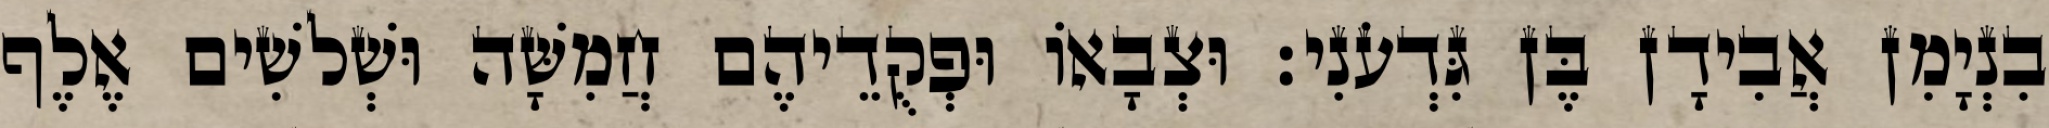
בִנְיָמִן אֲבִידָן בֶּן גִּדְעֹנִי׃ וּצְבָאוֹ וּפְקֻדֵיהֶם חֲמִשָּׁה וּשְׁלשִׁים אֶלֶף